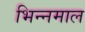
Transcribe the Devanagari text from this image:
भिन्‍नमाल